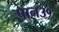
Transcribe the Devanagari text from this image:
पान३१